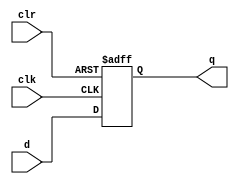
module my_dffr_p (
    input d,
    clk,
    clr,
    output reg q
);
  always @(posedge clk or posedge clr)
    if (clr) q <= 1'b0;
    else q <= d;
endmodule